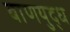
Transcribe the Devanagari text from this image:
बाणयुद्ध